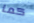
كما